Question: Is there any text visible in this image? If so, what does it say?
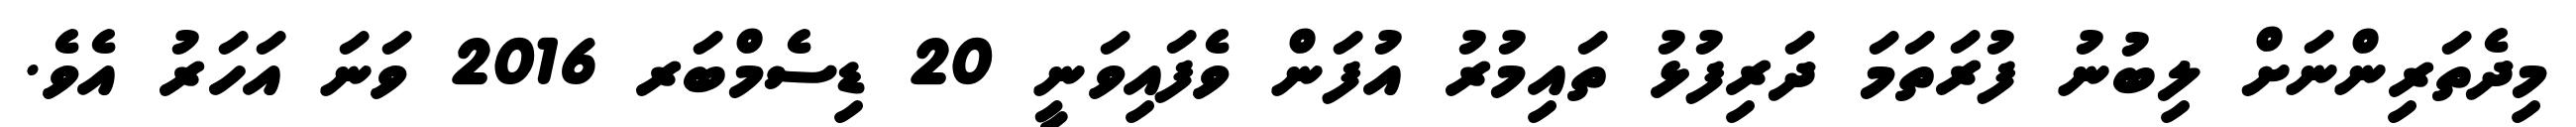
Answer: މިދެތަރިންނަށް ލިބުނު ފުރަތަމަ ދަރިފުޅު ތައިމުރު އުފަން ވެފައިވަނީ 20 ޑިސެމްބަރ 2016 ވަނަ އަހަރު އެވެ.